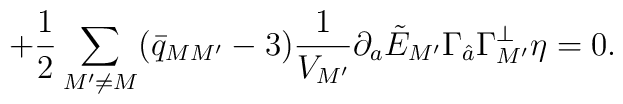
\qquad \qquad \qquad \qquad +{1\over 2}\sum_{M'\neq M} (\bar{q}_{MM'}-3){1\over V_{M'}}\partial_a\tilde{E}_{M'}\Gamma_{\hat{a}} \Gamma_{M'}^\perp \eta=0.